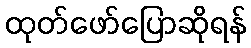
ထုတ်ဖော်ပြောဆိုရန်